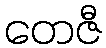
တေဇီ